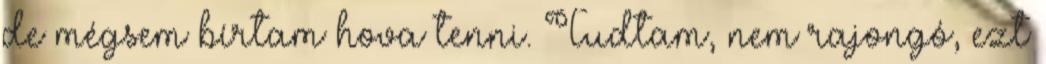
de mégsem bírtam hova tenni. Tudtam, nem rajongó, ezt